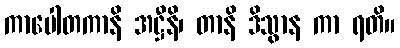
ကာပေါတကာနိ အဋ္ဌီနိ၊ တာနိ ဒိသွာန ကာ ရတိ။